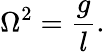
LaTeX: \Omega^{2}={\frac{g}{l}}.